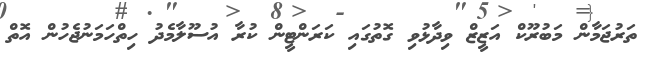
ތަރުޖަމާން މަބުރޫކް އަޒީޒް ވިދާޅުވި ގޮތުގައި ކަރަންޓީން ކުރާ އުސޫލާމެދު ހިތްހަމަނުޖެހުން އޮތް